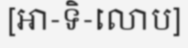
[អា-ទិ-លោប]